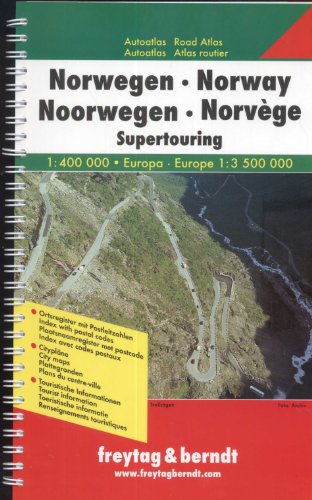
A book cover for Norway Supertouring Road Atlas: FBA135; Collectif; Travel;